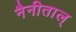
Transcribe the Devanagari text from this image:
नैनीताल्